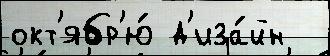
окт'ябр'ю́ д'иза́йн